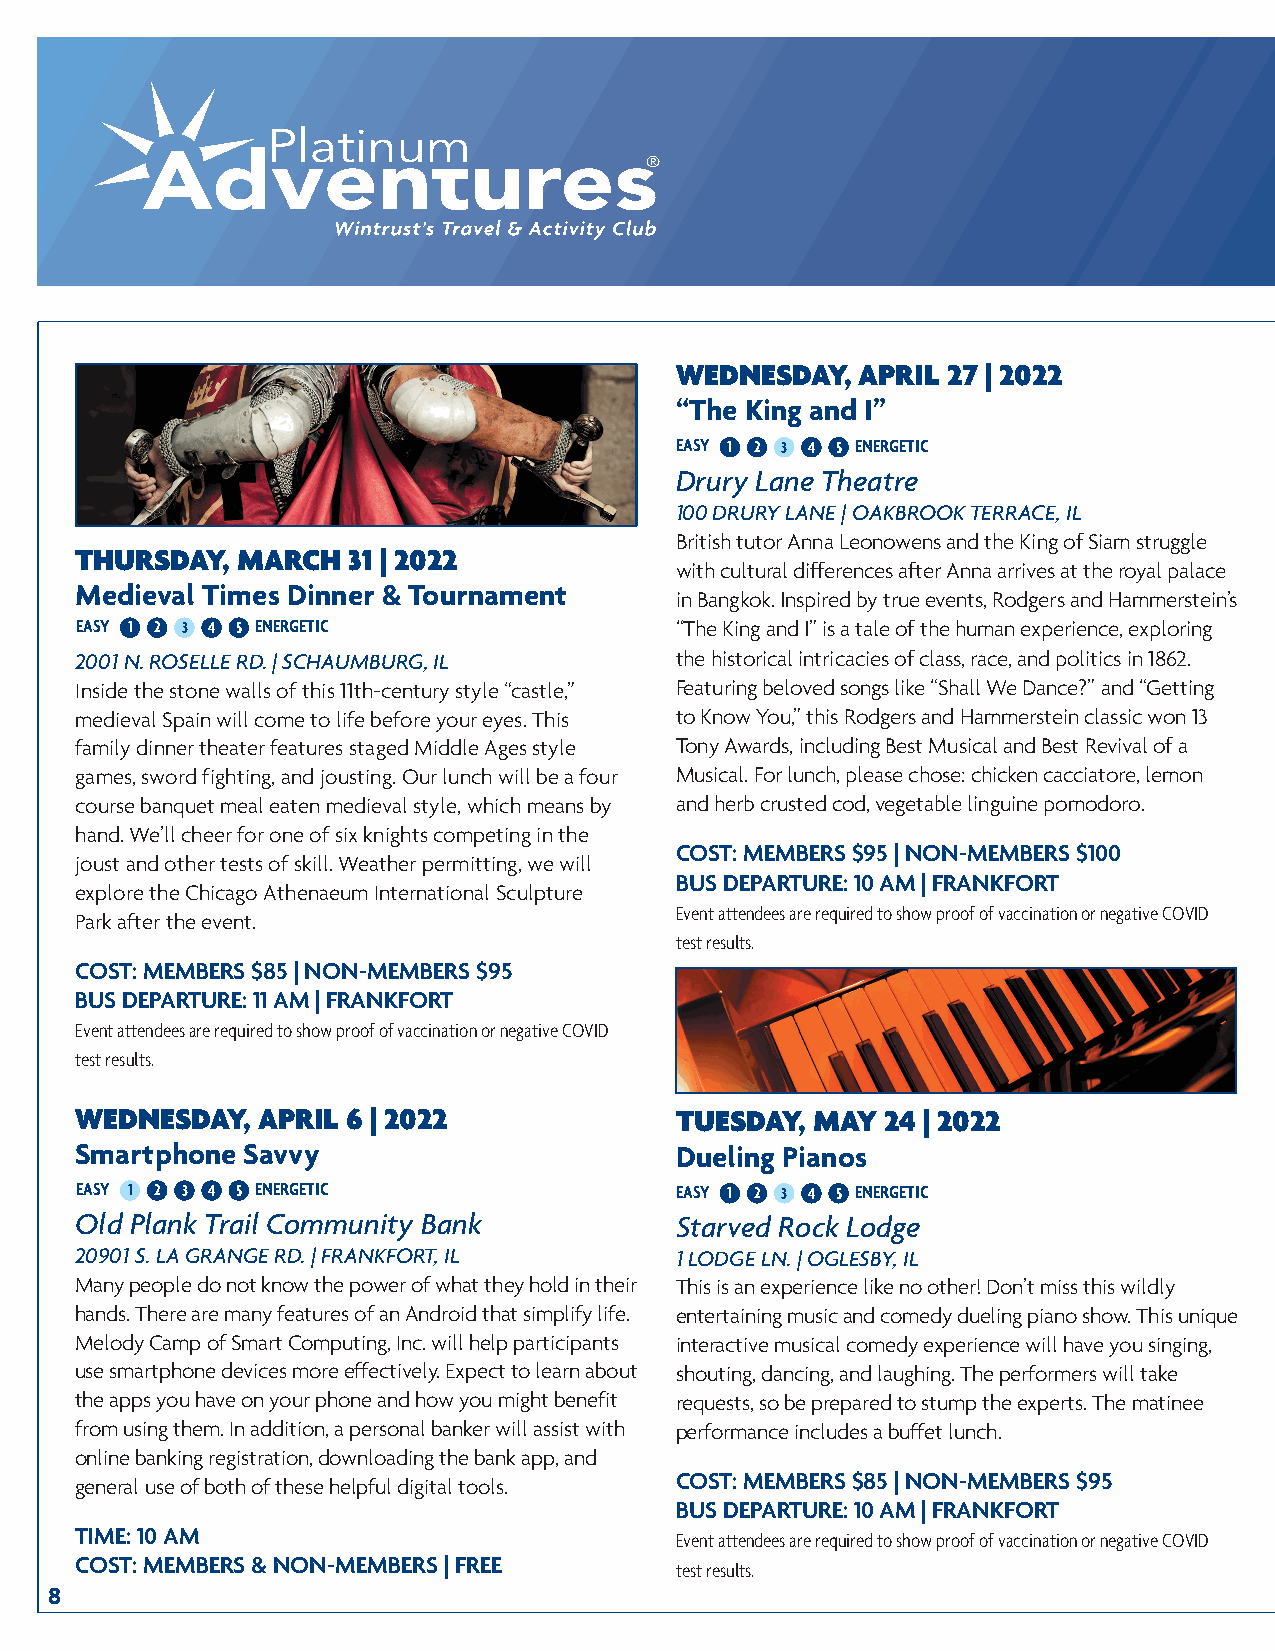
WEDNESDAY,  APRIL 27 | 2022
 “The King and I”
 EASY 1 2 3 4 5 ENERGETIC
 Drury Lane Theatre
 100 DRURY LANE | OAKBROOK TERRACE, IL
 British tutor Anna Leonowens and the King of Siam struggle
 THURSDAY,  MARCH  31 | 2022
 with cultural differences after Anna arrives at the royal palace
 Medieval Times Dinner & Tournament
 in Bangkok. Inspired by true events, Rodgers and Hammerstein’s
 EASY 1 2 3 4 5 ENERGETIC                “The King and I” is a tale of the human experience, exploring
 2001 N. ROSELLE RD. | SCHAUMBURG, IL    the historical intricacies of class, race, and politics in 1862.
 Inside the stone walls of this 11th-century style “castle,” Featuring beloved songs like “Shall We Dance?” and “Getting
 medieval Spain will come to life before your eyes. This to Know You,” this Rodgers and Hammerstein classic won 13
 family dinner theater features staged Middle Ages style Tony Awards, including Best Musical and Best Revival of a
 games, sword fighting, and jousting. Our lunch will be a four Musical. For lunch, please chose: chicken cacciatore, lemon
 course banquet meal eaten medieval style, which means by and herb crusted cod, vegetable linguine pomodoro.
 hand. We’ll cheer for one of six knights competing in the
 COST: MEMBERS $95 | NON-MEMBERS $100
 joust and other tests of skill. Weather permitting, we will
 BUS DEPARTURE: 10 AM | FRANKFORT
 explore the Chicago Athenaeum International Sculpture
 Event attendees are required to show proof of vaccination or negative COVID
 Park after the event.
 test results.
 COST: MEMBERS $85 | NON-MEMBERS $95
 BUS DEPARTURE: 11 AM | FRANKFORT
 Event attendees are required to show proof of vaccination or negative COVID
 test results.
 WEDNESDAY,  APRIL 6 | 2022              TUESDAY, MAY  24 | 2022
 Smartphone Savvy                        Dueling Pianos
 EASY 1 2 3 4 5 ENERGETIC                EASY 1 2 3 4 5 ENERGETIC
 Old Plank Trail Community Bank          Starved Rock Lodge
 20901 S. LA GRANGE RD. | FRANKFORT, IL  1 LODGE LN. | OGLESBY, IL
 Many people do not know the power of what they hold in their This is an experience like no other! Don’t miss this wildly
 hands. There are many features of an Android that simplify life. entertaining music and comedy dueling piano show. This unique
 Melody Camp of Smart Computing, Inc. will help participants interactive musical comedy experience will have you singing,
 use smartphone devices more effectively. Expect to learn about shouting, dancing, and laughing. The performers will take
 the apps you have on your phone and how you might benefit requests, so be prepared to stump the experts. The matinee
 from using them. In addition, a personal banker will assist with performance includes a buffet lunch.
 online banking registration, downloading the bank app, and
 general use of both of these helpful digital tools. COST: MEMBERS $85 | NON-MEMBERS $95
 BUS DEPARTURE: 10 AM | FRANKFORT
 TIME: 10 AM                             Event attendees are required to show proof of vaccination or negative COVID
 COST: MEMBERS & NON-MEMBERS | FREE      test results.
 8